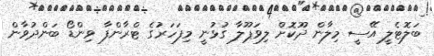
ބަލޮޓެލީ އޭސީ މިލާން ދޫކޮށް ލިވަޕޫލާ ގުޅުނީ މިފަހަރުގެ ޓްރާންފާ ވިންޑޯ ބަންދުވާން